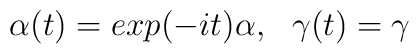
\alpha(t) = exp(-it)\alpha ,~~\gamma(t) = \gamma